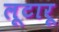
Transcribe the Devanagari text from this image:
लूटारू